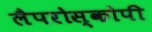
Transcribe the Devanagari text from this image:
लैपरोस्कोपी